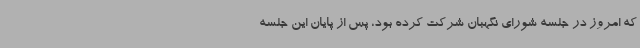
که امروز در جلسه شورای نگهبان شرکت کرده بود، پس از پایان این جلسه